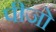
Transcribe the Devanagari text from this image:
पीजो